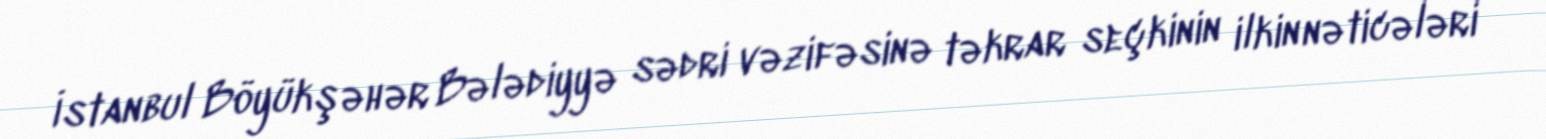
İstanbul Böyükşəhər Bələdiyyə sədri vəzifəsinə təkrar seçkinin ilkin nəticələri